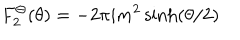
F _ { 2 } ^ { \Theta } ( \theta ) = - 2 \pi i m ^ { 2 } \sinh ( \theta / 2 ) \,